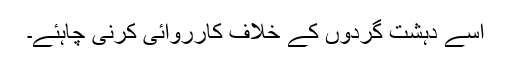
اسے دہشت گردوں کے خلاف کارروائی کرنی چاہئے۔